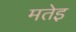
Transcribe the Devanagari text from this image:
मतेइ